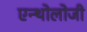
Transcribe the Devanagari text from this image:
एन्थोलोजी